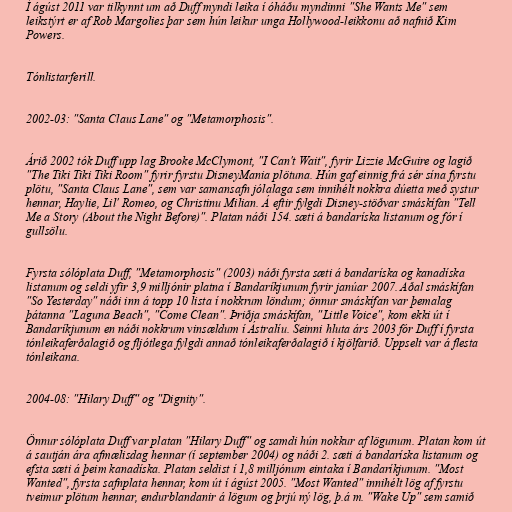
Í ágúst 2011 var tilkynnt um að Duff myndi leika í óháðu myndinni "She Wants Me" sem
leikstýrt er af Rob Margolies þar sem hún leikur unga Hollywood-leikkonu að nafnið Kim
Powers.

Tónlistarferill.

2002-03: "Santa Claus Lane" og "Metamorphosis".

Árið 2002 tók Duff upp lag Brooke McClymont, "I Can't Wait", fyrir Lizzie McGuire og lagið
"The Tiki Tiki Tiki Room" fyrir fyrstu DisneyMania plötuna. Hún gaf einnig frá sér sína fyrstu
plötu, "Santa Claus Lane", sem var samansafn jólalaga sem innihélt nokkra dúetta með systur
hennar, Haylie, Lil' Romeo, og Christinu Milian. Á eftir fylgdi Disney-stöðvar smáskífan "Tell
Me a Story (About the Night Before)". Platan náði 154. sæti á bandaríska listanum og fór í
gullsölu.

Fyrsta sólóplata Duff, "Metamorphosis" (2003) náði fyrsta sæti á bandaríska og kanadíska
listanum og seldi yfir 3,9 milljónir platna í Bandaríkjunum fyrir janúar 2007. Aðal smáskífan
"So Yesterday" náði inn á topp 10 lista í nokkrum löndum; önnur smáskífan var þemalag
þátanna "Laguna Beach", "Come Clean". Þriðja smáskífan, "Little Voice", kom ekki út í
Bandaríkjunum en náði nokkrum vinsældum í Ástralíu. Seinni hluta árs 2003 fór Duff í fyrsta
tónleikaferðalagið og fljótlega fylgdi annað tónleikaferðalagið í kjölfarið. Uppselt var á flesta
tónleikana.

2004-08: "Hilary Duff" og "Dignity".

Önnur sólóplata Duff var platan "Hilary Duff" og samdi hún nokkur af lögunum. Platan kom út
á sautján ára afmælisdag hennar (í september 2004) og náði 2. sæti á bandaríska listanum og
efsta sæti á þeim kanadíska. Platan seldist í 1,8 milljónum eintaka í Bandaríkjunum. "Most
Wanted", fyrsta safnplata hennar, kom út í ágúst 2005. "Most Wanted" innihélt lög af fyrstu
tveimur plötum hennar, endurblandanir á lögum og þrjú ný lög, þ.á m. "Wake Up" sem samið